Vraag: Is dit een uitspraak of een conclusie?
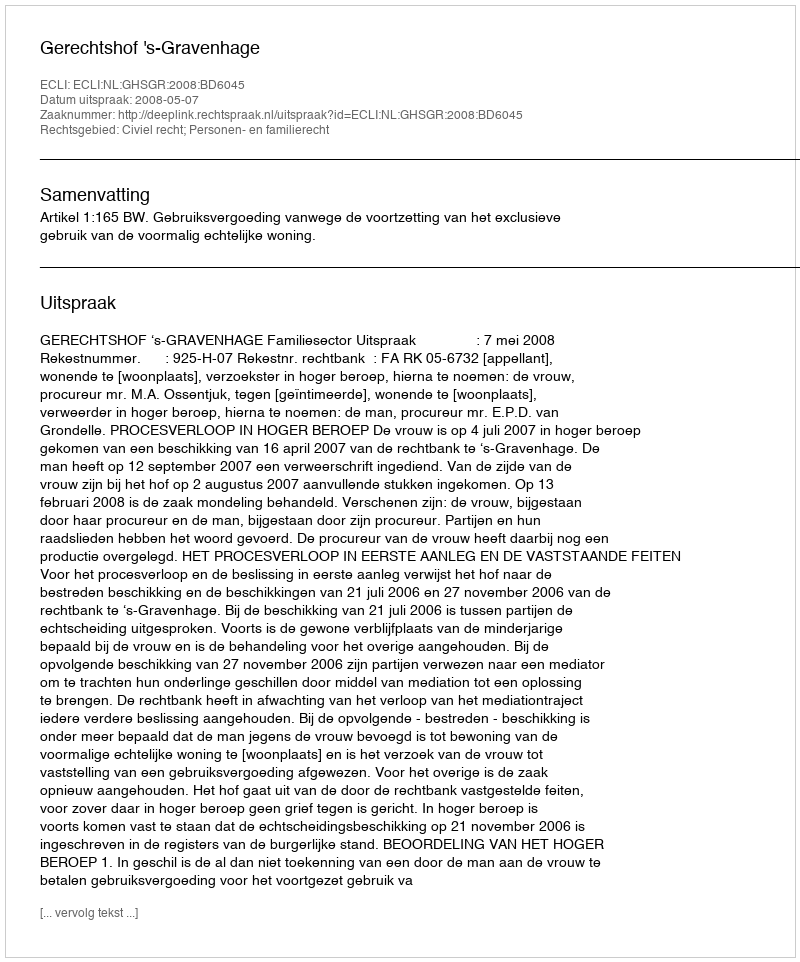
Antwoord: Uitspraak